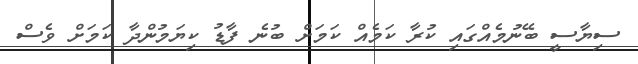
ސިޔާސީ ބޭނުމެއްގައި ކުރާ ކަމެއް ކަމަށް ބުނެ ފާޑު ކިޔަމުންދާ ކަމަށް ވެސް